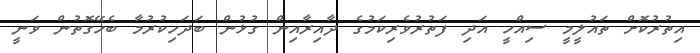
އިތުރުކޮށް ތައުލީމީ ސިއްހީ އަދި ފަތުރުވެރިކަމުގެ ދާއިރާއިން ގުޅުން ބަދަހިކުރުމާ ބެހޭގޮތުން ވަނީ